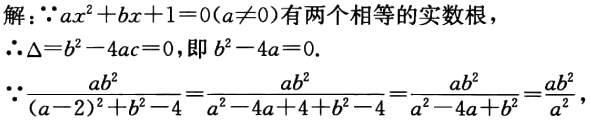
解：\(\because ax^{2}+bx + 1 = 0(a\neq0)\)有两个相等的实数根，
\(\therefore\Delta = b^{2}-4ac = 0\)，即\(b^{2}-4a = 0\).
\(\because\frac{ab^{2}}{(a - 2)^{2}+b^{2}-4}=\frac{ab^{2}}{a^{2}-4a + 4 + b^{2}-4}=\frac{ab^{2}}{a^{2}-4a + b^{2}}=\frac{ab^{2}}{a^{2}}\)，